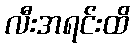
လီးအရင်းထိ